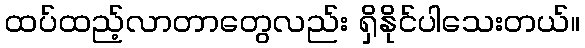
ထပ်ထည့်လာတာတွေလည်း ရှိနိုင်ပါသေးတယ်။